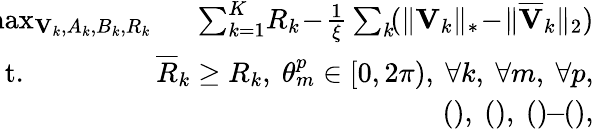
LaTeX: \begin{array}{rlr}&{\! \! \! \! \! \! \! \! \! \! \operatorname*{max}_{\mathbf{V}_{k},A_{k},B_{k},R_{k}}}&{\! \! \! \! \! \sum_{k=1}^{K}\! R_{k}\! -\! \frac{1}{\xi}\sum_{k}\! (\Vert\mathbf{V}_{k}\Vert_{\ast}\! -\! \Vert\overline{{\mathbf{V}}}_{k}\Vert_{2})}\\ &{\! \! \! \! \! \! \! \! \! \! \mathrm{s.t.}}&{\! \! \! \! \! \overline{{R}}_{k}\ge R_{k},~\theta_{m}^{p}\in[0,2\pi),~\forall k,~\forall m,~\forall p,}\\ &{}&{\! \! \! \! \! \mathrm{()},~\mathrm{()},~\mathrm{()}\! \! -\! \! \mathrm{()},}\end{array}